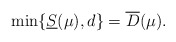
\begin{align*}\min\{\underline{S}(\mu), d\}=\overline{D}(\mu).\end{align*}